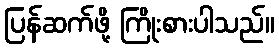
ပြန်ဆက်ဖို့ ကြိုးစားပါသည်။